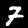
Digit: 7